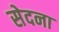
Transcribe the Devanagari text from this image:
सेदना